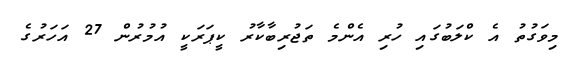
މިވަގުތު އެ ކްލަބުގައި ހުރި އެންމެ ތަޖުރިބާކާރު ކީޕަރަކީ އުމުރުން 27 އަހަރުގެ